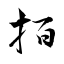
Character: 𢫦